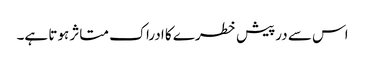
اس سے درپیش خطرے کا ادراک متاثر ہوتا ہے۔